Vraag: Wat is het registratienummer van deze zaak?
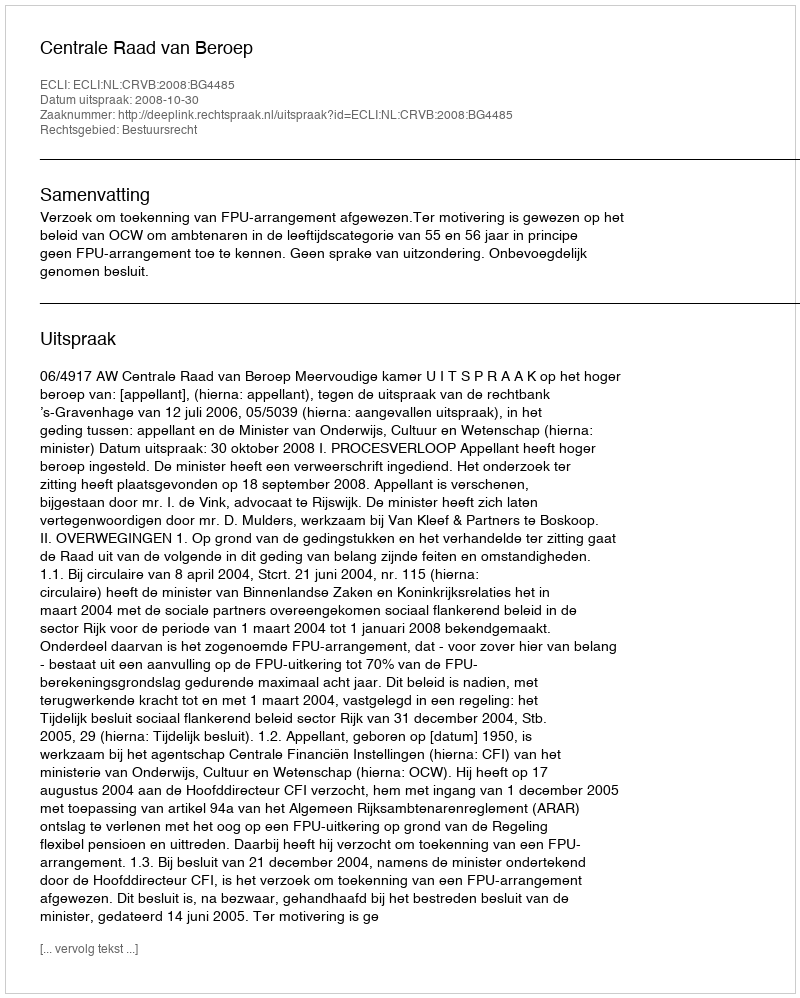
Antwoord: http://deeplink.rechtspraak.nl/uitspraak?id=ECLI:NL:CRVB:2008:BG4485